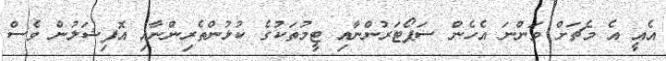
އެއީ އެ މެޗަށް ވަންނަ އެހެން ސަޕޯޓަރުންނާއި ޓީމުތަކުގެ ކުޅުންތެރިންނާއި އޮފިޝަލުން ވެސް